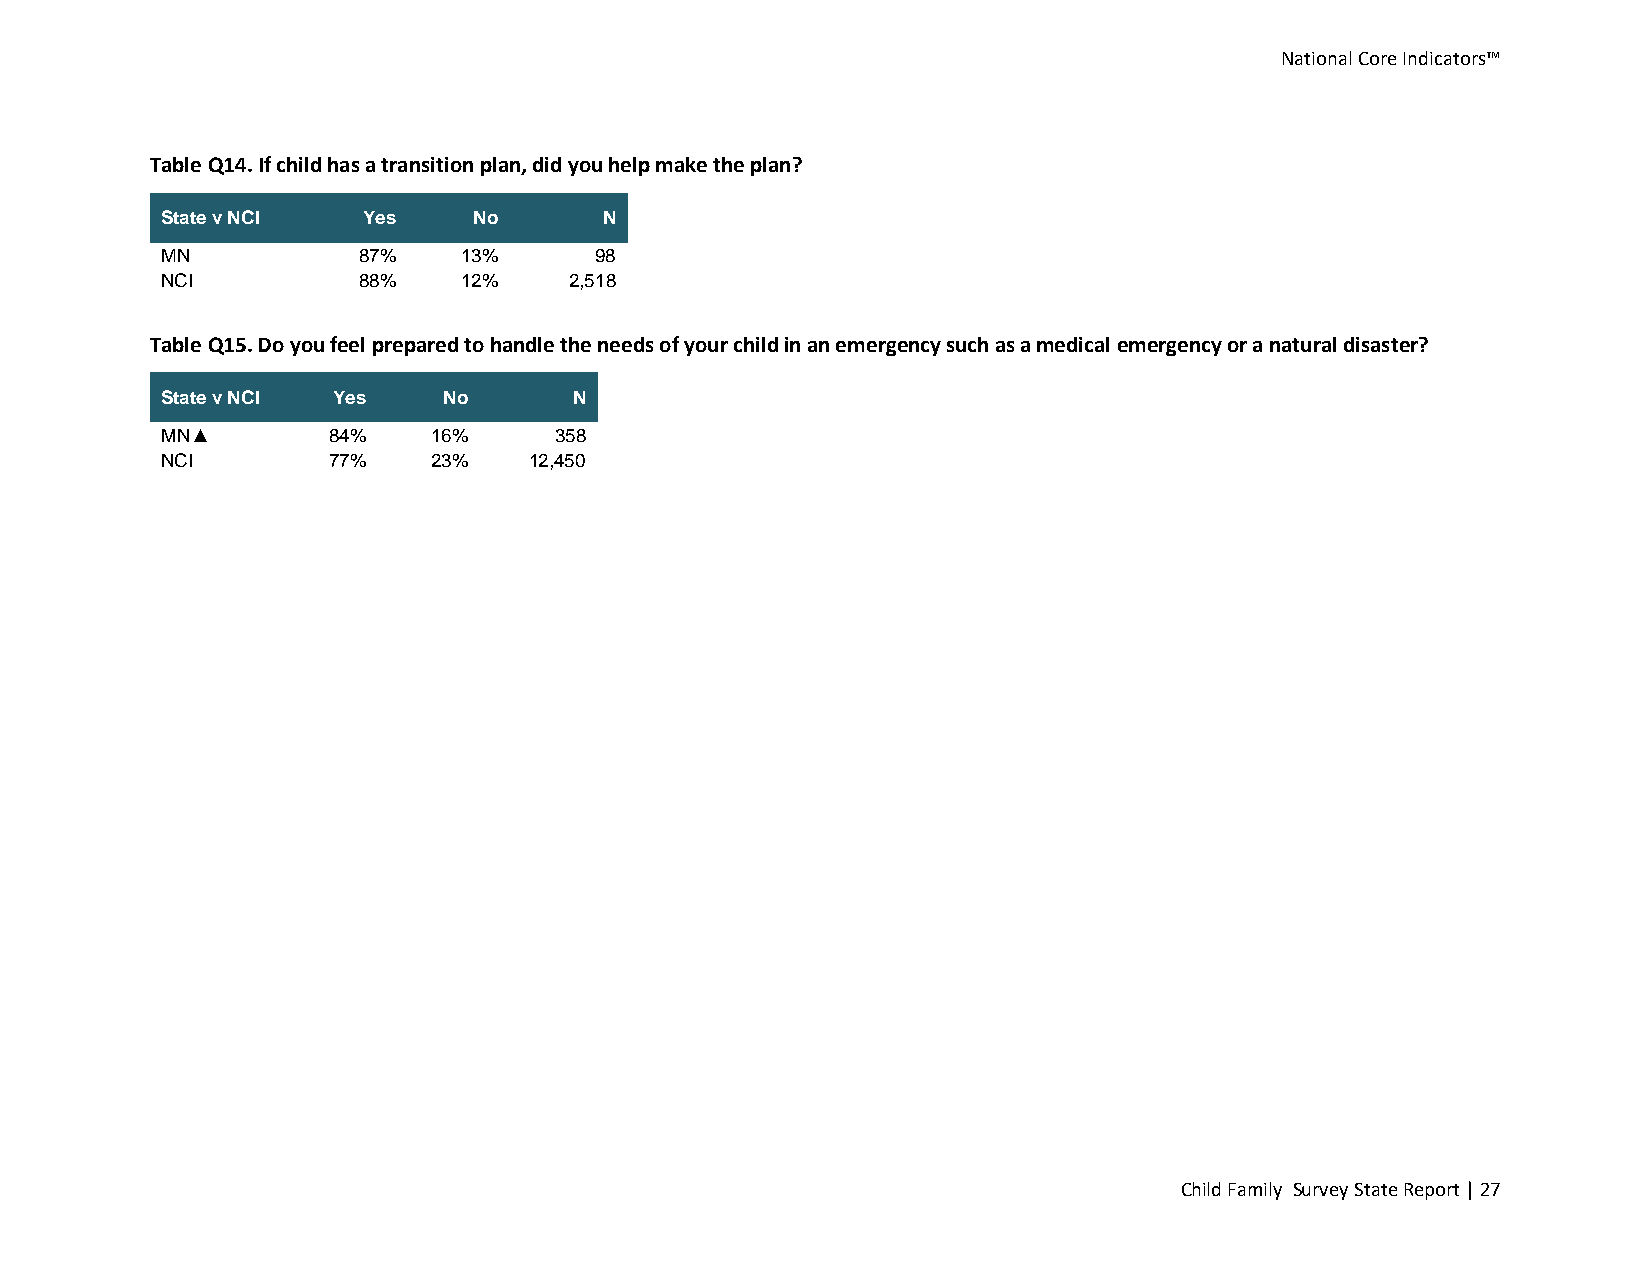
National Core Indicators™
 Table Q14. If child has a transition plan, did you help make the plan?
 State v NCI  Yes    No       N
 MN           87%   13%      98
 NCI          88%   12%     2,518
 Table Q15. Do you feel prepared to handle the needs of your child in an emergency such as a medical emergency or a natural disaster?
 State v NCI Yes   No       N
 MN▲        84%   16%      358
 NCI        77%   23%    12,450
 Child Family Survey State Report | 27